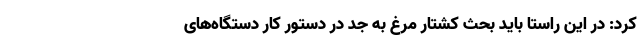
کرد: در این راستا باید بحث کشتار مرغ به جد در دستور کار دستگاه‌های